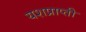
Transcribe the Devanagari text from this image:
यशप्राप्ती